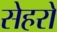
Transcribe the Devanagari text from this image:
सेहरो